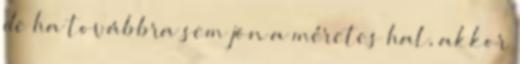
de ha továbbra sem jön a méretes hal, akkor